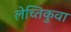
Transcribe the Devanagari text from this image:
लेच्तिकुवा